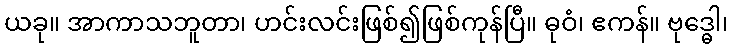
ယခု။ အာကာသဘူတာ၊ ဟင်းလင်းဖြစ်၍ဖြစ်ကုန်ပြီ။ ဓုဝံ၊ ဧကန်။ ဗုဒ္ဓေါ၊